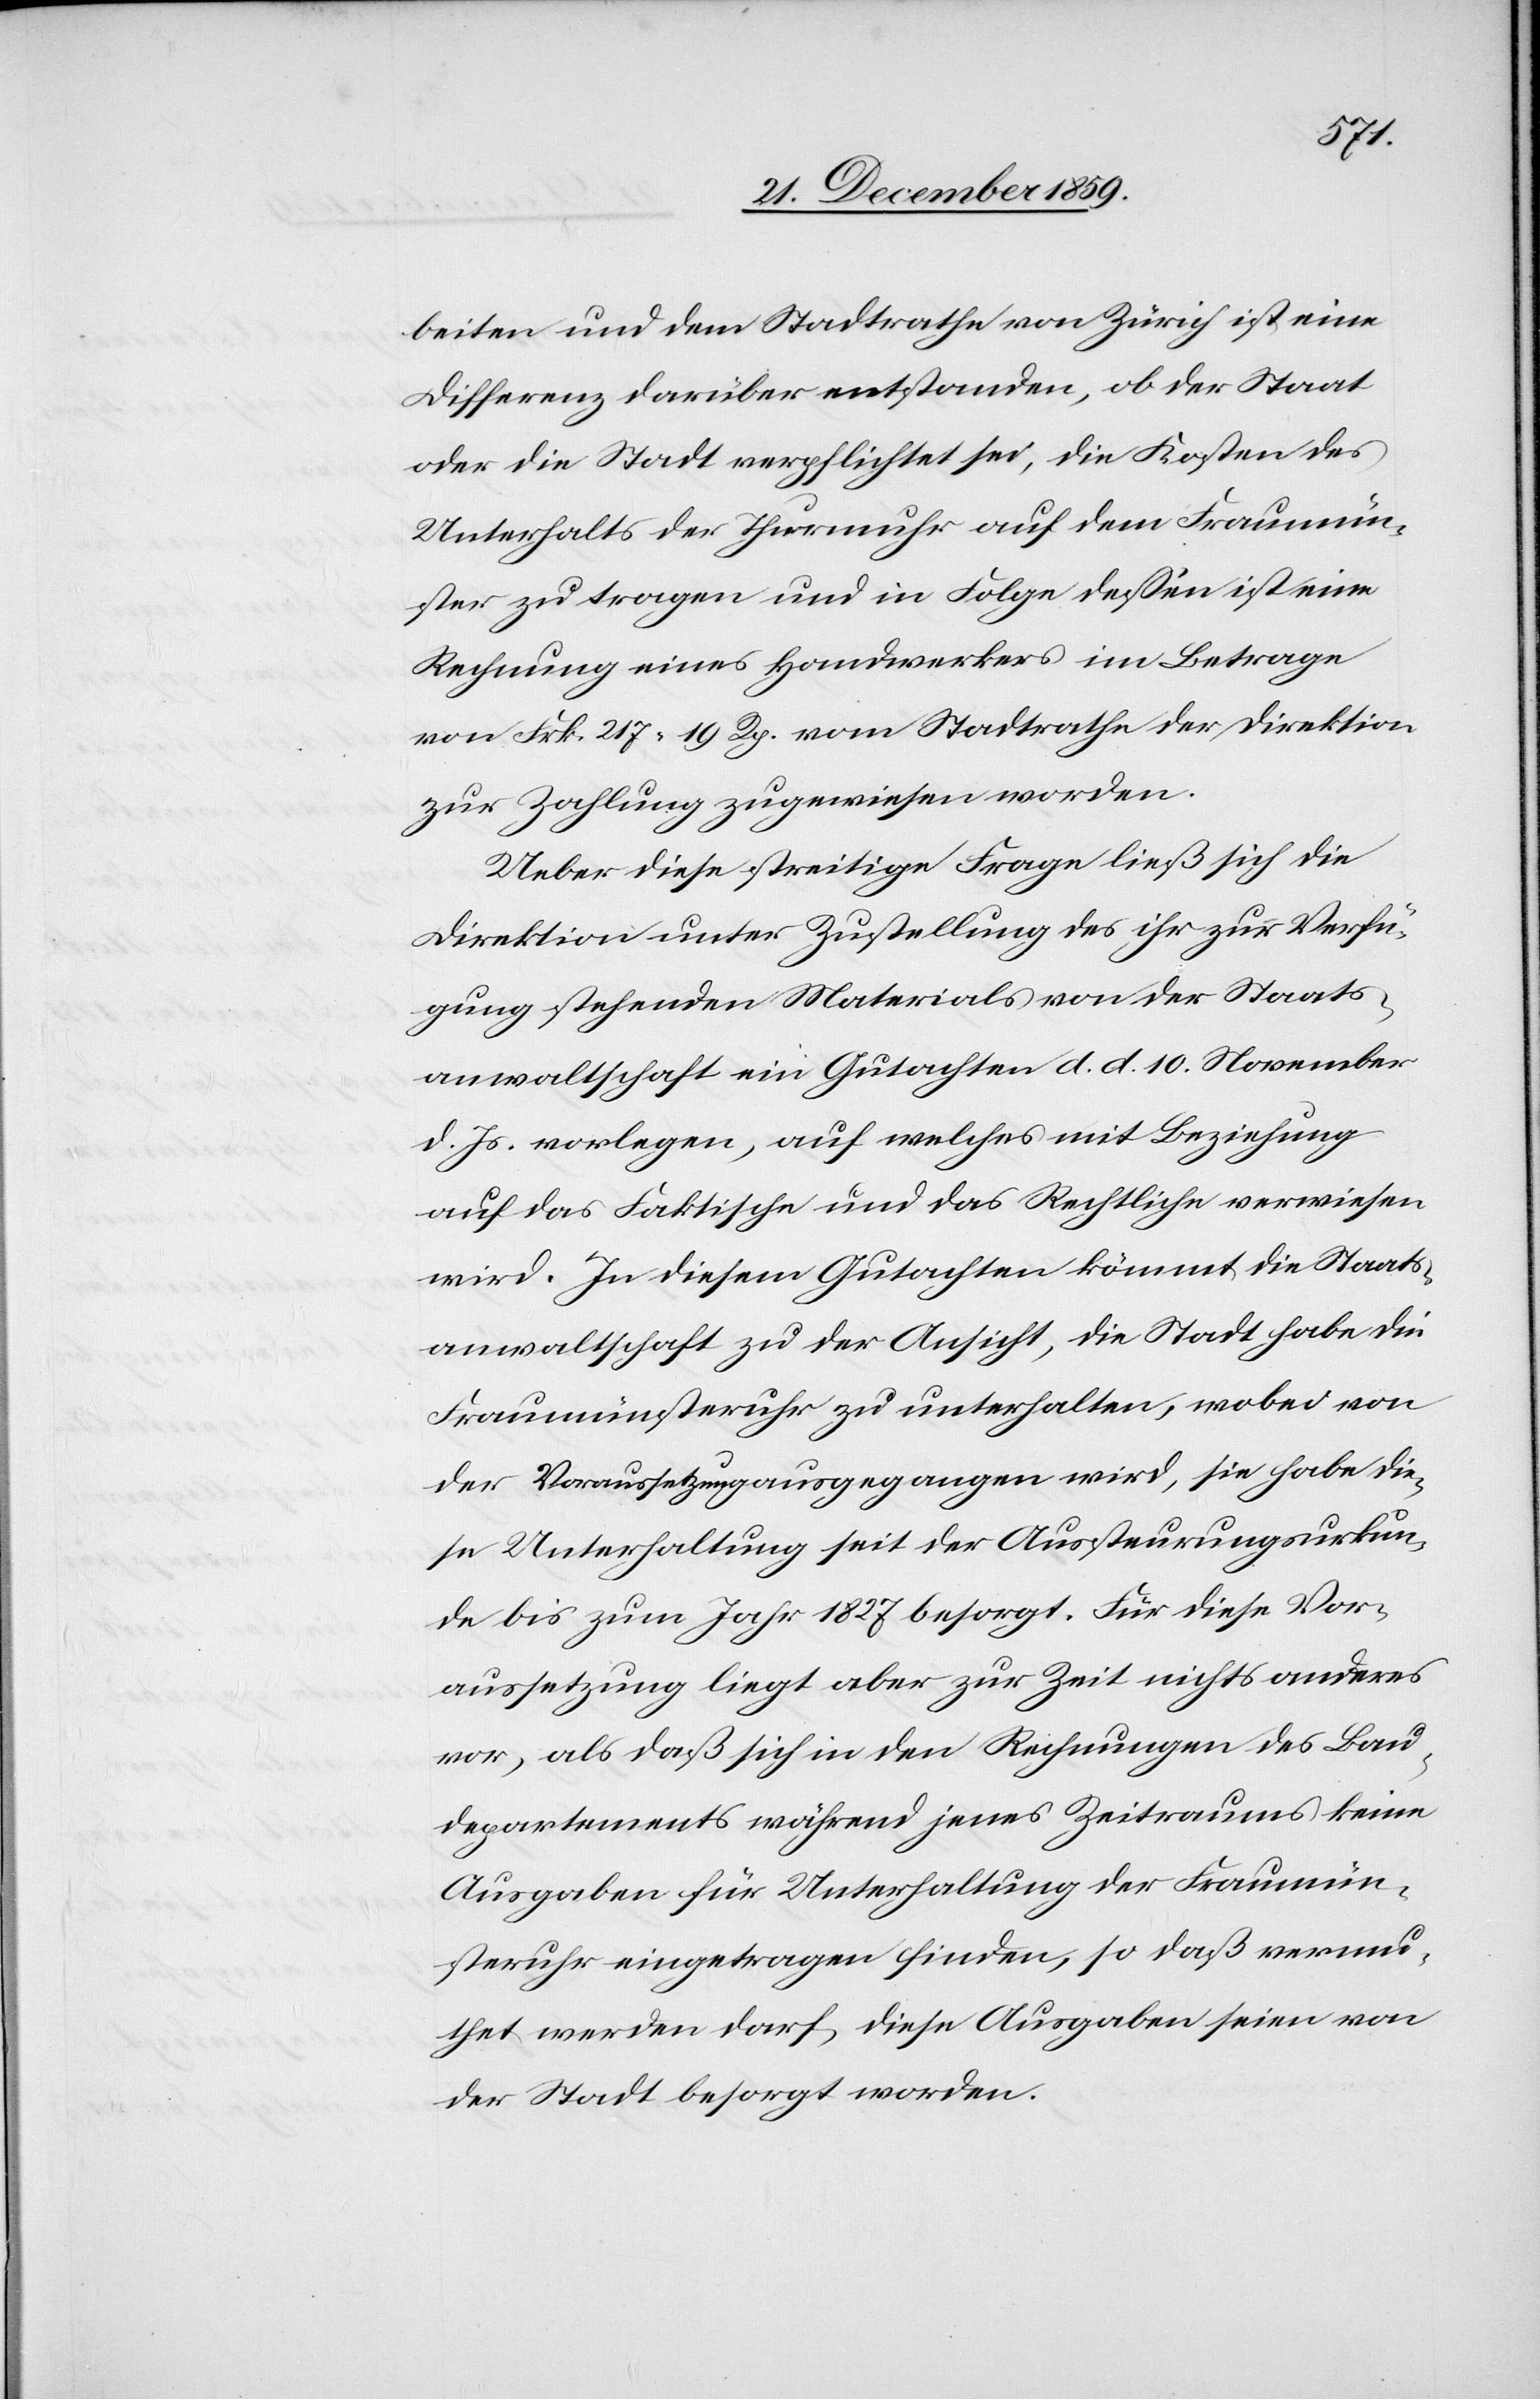
beiten und dem Stadtrathe von Zürich ist eine
Differenz darüber entstanden, ob der Staat
oder die Stadt verpflichtet sei, die Kosten des
Unterhalts der Thurmuhr auf dem Fraumün¬
ster zu tragen und in Folge dessen ist eine
Rechnung eines Handwerkers im Betrage
von Frk. 217 19 Rp. vom Stadtrathe der Direktion
zur Zahlung zugewiesen worden.
Ueber diese streitige Frage ließ sich die
Direktion unter Zustellung des ihr zur Verfü¬
gung stehenden Materials von der Staats¬
anwaltschaft ein Gutachten d. d. 10. November
d. Js. vorlegen, auf welches mit Beziehung
auf das Faktische und das Rechtliche verwiesen
wird. In diesem Gutachten kömmt die Staats¬
anwaltschaft zu der Ansicht, die Stadt habe die
Fraumünsteruhr zu unterhalten, wobei von
der Voraussetzung ausgegangen wird, sie habe die¬
se Unterhaltung seit der Aussteurungsurkun¬
de bis zum Jahr 1827 besorgt. Für diese Vor¬
aussetzung liegt aber zur Zeit nichts anderes
vor, als daß sich in den Rechnungen des Bau¬
departementes während jenes Zeitraumes keine
Ausgaben für Unterhaltung der Fraumün¬
steruhr eingetragen finden, so daß vermu¬
thet werden darf, diese Ausgaben seien von
der Stadt besorgt worden.